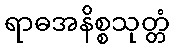
ရာဓအနိစ္စသုတ္တံ